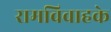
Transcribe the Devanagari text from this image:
रामविवाहके